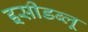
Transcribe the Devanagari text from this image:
इसीडब्लू